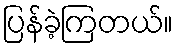
ပြန်ခဲ့ကြတယ်။